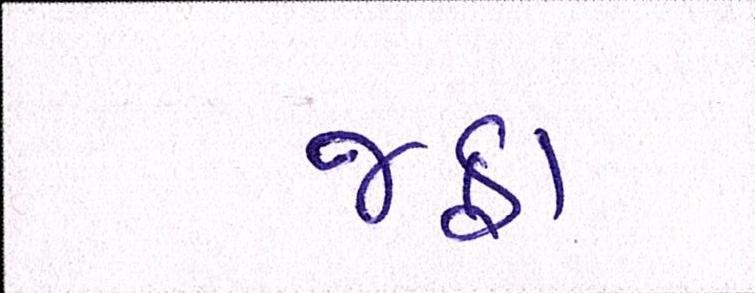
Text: જફા